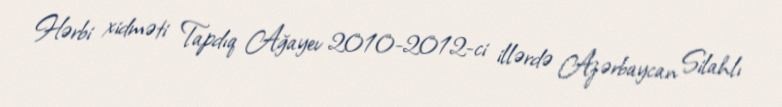
Hərbi xidməti Tapdıq Ağayev 2010-2012-ci illərdə Azərbaycan Silahlı